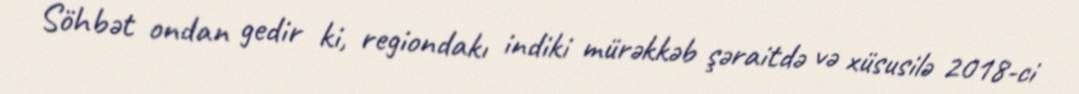
Söhbət ondan gedir ki, regiondakı indiki mürəkkəb şəraitdə və xüsusilə 2018-ci